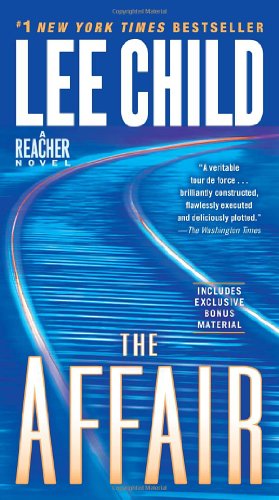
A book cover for The Affair (Jack Reacher); Lee Child; Mystery, Thriller & Suspense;